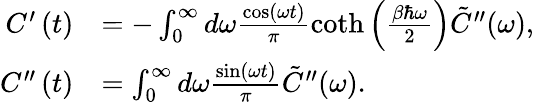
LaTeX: \begin{array}{rl}{C^{\prime}\left(t\right)}&{=-\int_{0}^{\infty}d\omega\frac{\cos\left(\omega t\right)}{\pi}\coth\left(\frac{\beta\hbar\omega}{2}\right)\tilde{C}^{\prime\prime}(\omega),}\\ {C^{\prime\prime}\left(t\right)}&{=\int_{0}^{\infty}d\omega\frac{\sin\left(\omega t\right)}{\pi}\tilde{C}^{\prime\prime}(\omega).}\end{array}